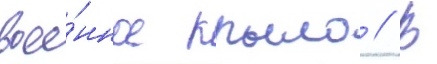
вое́нное крыло // В